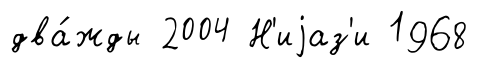
два́жды 2004 Н'иjаз'и 1968